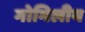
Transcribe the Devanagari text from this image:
गोभिलीय